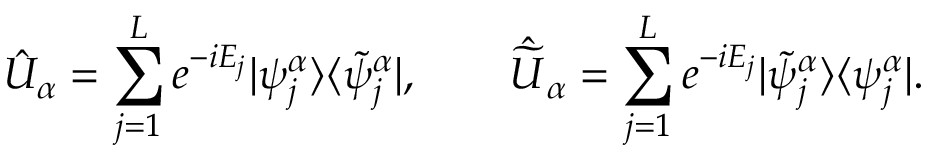
\hat { U } _ { \alpha } = \sum _ { j = 1 } ^ { L } e ^ { - i E _ { j } } | \psi _ { j } ^ { \alpha } \rangle \langle \widetilde { \psi } _ { j } ^ { \alpha } | , \qquad \hat { \widetilde { U } } _ { \alpha } = \sum _ { j = 1 } ^ { L } e ^ { - i E _ { j } } | \widetilde { \psi } _ { j } ^ { \alpha } \rangle \langle \psi _ { j } ^ { \alpha } | .